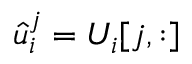
\hat { u } _ { i } ^ { j } = U _ { i } [ j , : ]